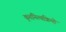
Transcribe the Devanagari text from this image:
कृतनित्यक्रियो